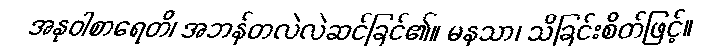
အနုဝါစာရေတိ၊ အဘန်တလဲလဲဆင်ခြင်၏။ မနသာ၊ သိခြင်းစိတ်ဖြင့်။